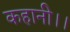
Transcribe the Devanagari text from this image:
कहानी।।